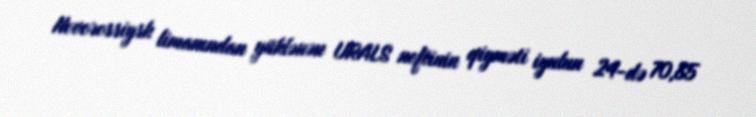
Novorossiysk limanından yüklənən URALS neftinin qiyməti iyulun 24-də 70,85